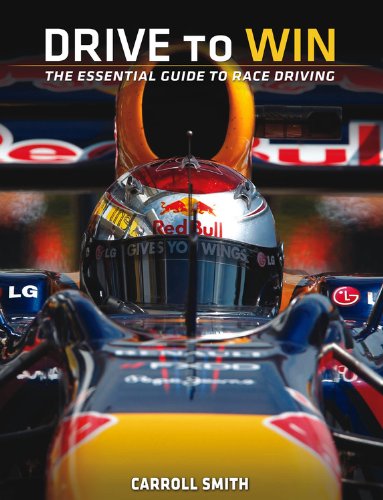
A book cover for Drive to Win: Essential Guide to Race Driving; Carroll Smith; Sports & Outdoors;